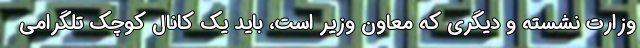
وزارت نشسته و دیگری که معاون وزیر است، باید یک کانال کوچک تلگرامی